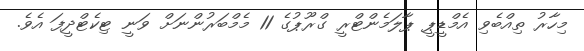
މިހާރު ތިއްބެވި އެމްޑީޕީ ޕާލަމެންޓްރީ ގްރޫޕުގެ 11 މެމްބަރުންނަށް ވަނީ ޓިކެޓްދީފަ އެވެ.